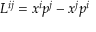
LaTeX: L ^ { i j } = x ^ { i } p ^ { j } - x ^ { j } p ^ { i }